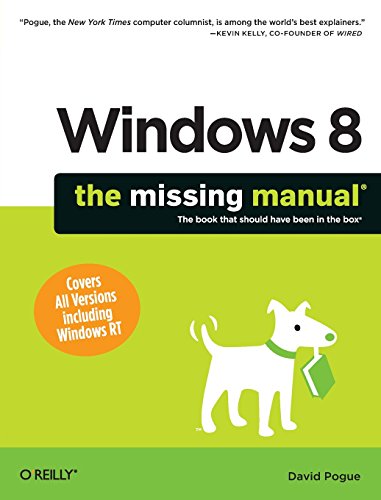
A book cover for Windows 8: The Missing Manual; David Pogue; Computers & Technology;